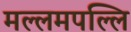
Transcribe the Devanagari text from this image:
मल्लमपल्लि